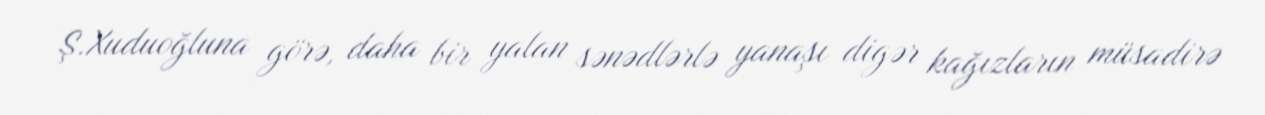
Ş.Xuduoğluna görə, daha bir yalan sənədlərlə yanaşı digər kağızların müsadirə